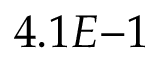
4 . 1 E { - 1 }